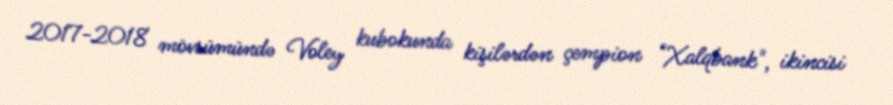
2017-2018 mövsümündə Voley kubokunda kişilərdən çempion "Xalqbank", ikincisi